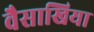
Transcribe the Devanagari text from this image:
वैसाखिया